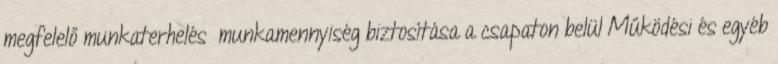
megfelelő munkaterhelés munkamennyiség biztosítása a csapaton belül Működési és egyéb